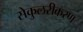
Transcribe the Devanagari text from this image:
सेकुलरीकरण